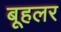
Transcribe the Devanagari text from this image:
बूहलर